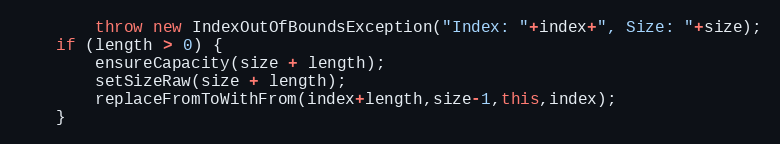
Language: Java
		throw new IndexOutOfBoundsException("Index: "+index+", Size: "+size);
	if (length > 0) {
		ensureCapacity(size + length);
		setSizeRaw(size + length);
		replaceFromToWithFrom(index+length,size-1,this,index);
	}